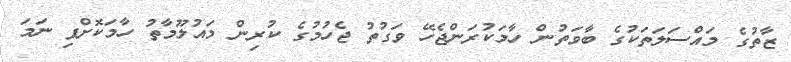
ޒާތުގެ މައްސަލަތަކުގެ ބާވަތުން ހާމަކުރަންޖެހޭ ވަގުތު ޖެހުމުގެ ކުރިން މައުލޫމާތު ހާމަކޮށްފި ނަމަ